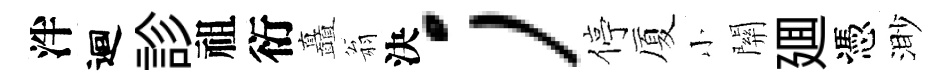
泮迴診祖衍矗翁決；停厦小關廽憑渺